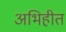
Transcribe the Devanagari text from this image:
अभिहीत